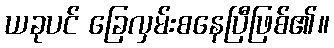
ယခုပင် ခြေလှမ်းစနေပြီဖြစ်၏။